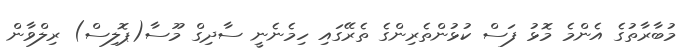
މުބާރާތުގެ އެންމެ މޮޅު ފަސް ކުޅުންތެރިންގެ ތެރޭގައި ހިމެނެނީ ސާދިގް މޫސާ(ޕޮލިސް) ރިލްވާން